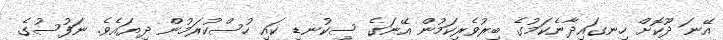
އޭނަ ދޫކޮށް ހިނގައިދާނެކަމުގެ ބިރުވެރިކަމުން އޭނަގެ ސިކުނޑި ކައި ހުސްކުރަމުން ދިޔައެވެ. ނަފުސުގެ